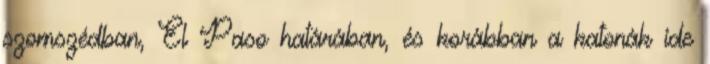
szomszédban, El Paso határában, és korábban a katonák ide